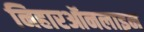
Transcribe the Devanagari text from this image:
निहारऑनलाइन